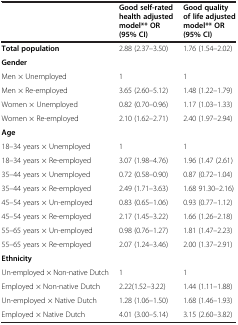
|  | Good self-rated health adjusted model** OR (95% CI) | Good quality of life adjusted model** OR (95% CI) |
 | --- | --- | --- |
 | Total population | 2.88 (2.37–3.50) | 1.76 (1.54–2.02) |
 | <COLSPAN=3> Gender |
 | Men × Unemployed | 1 | 1 |
 | Men × Re-employed | 3.65 (2.60–5.12) | 1.48 (1.22–1.79) |
 | Women × Unemployed | 0.82 (0.70–0.96) | 1.17 (1.03–1.33) |
 | Women × Re-employed | 2.10 (1.62–2.71) | 2.40 (1.97–2.94) |
 | <COLSPAN=3> Age |
 | 18–34 years × Unemployed | 1 | 1 |
 | 18–34 years × Re-employed | 3.07 (1.98–4.76) | 1.96 (1.47 (2.61) |
 | 35–44 years × Unemployed | 0.72 (0.58–0.90) | 0.87 (0.72–1.04) |
 | 35–44 years × Re-employed | 2.49 (1.71–3.63) | 1.68 91.30–2.16) |
 | 45–54 years × Un-employed | 0.83 (0.65–1.06) | 0.93 (0.77–1.12) |
 | 45–54 years × Re-employed | 2.17 (1.45–3.22) | 1.66 (1.26–2.18) |
 | 55–65 years × Un-employed | 0.98 (0.76–1.27) | 1.81 (1.47–2.23) |
 | 55–65 years × Re-employed | 2.07 (1.24–3.46) | 2.00 (1.37–2.91) |
 | <COLSPAN=3> Ethnicity |
 | Un-employed × Non-native Dutch | 1 | 1 |
 | Employed × Non-native Dutch | 2.22(1.52–3.22) | 1.44 (1.11–1.88) |
 | Un-employed × Native Dutch | 1.28 (1.06–1.50) | 1.68 (1.46–1.93) |
 | Employed × Native Dutch | 4.01 (3.00–5.14) | 3.15 (2.60–3.82) |